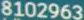
8102963